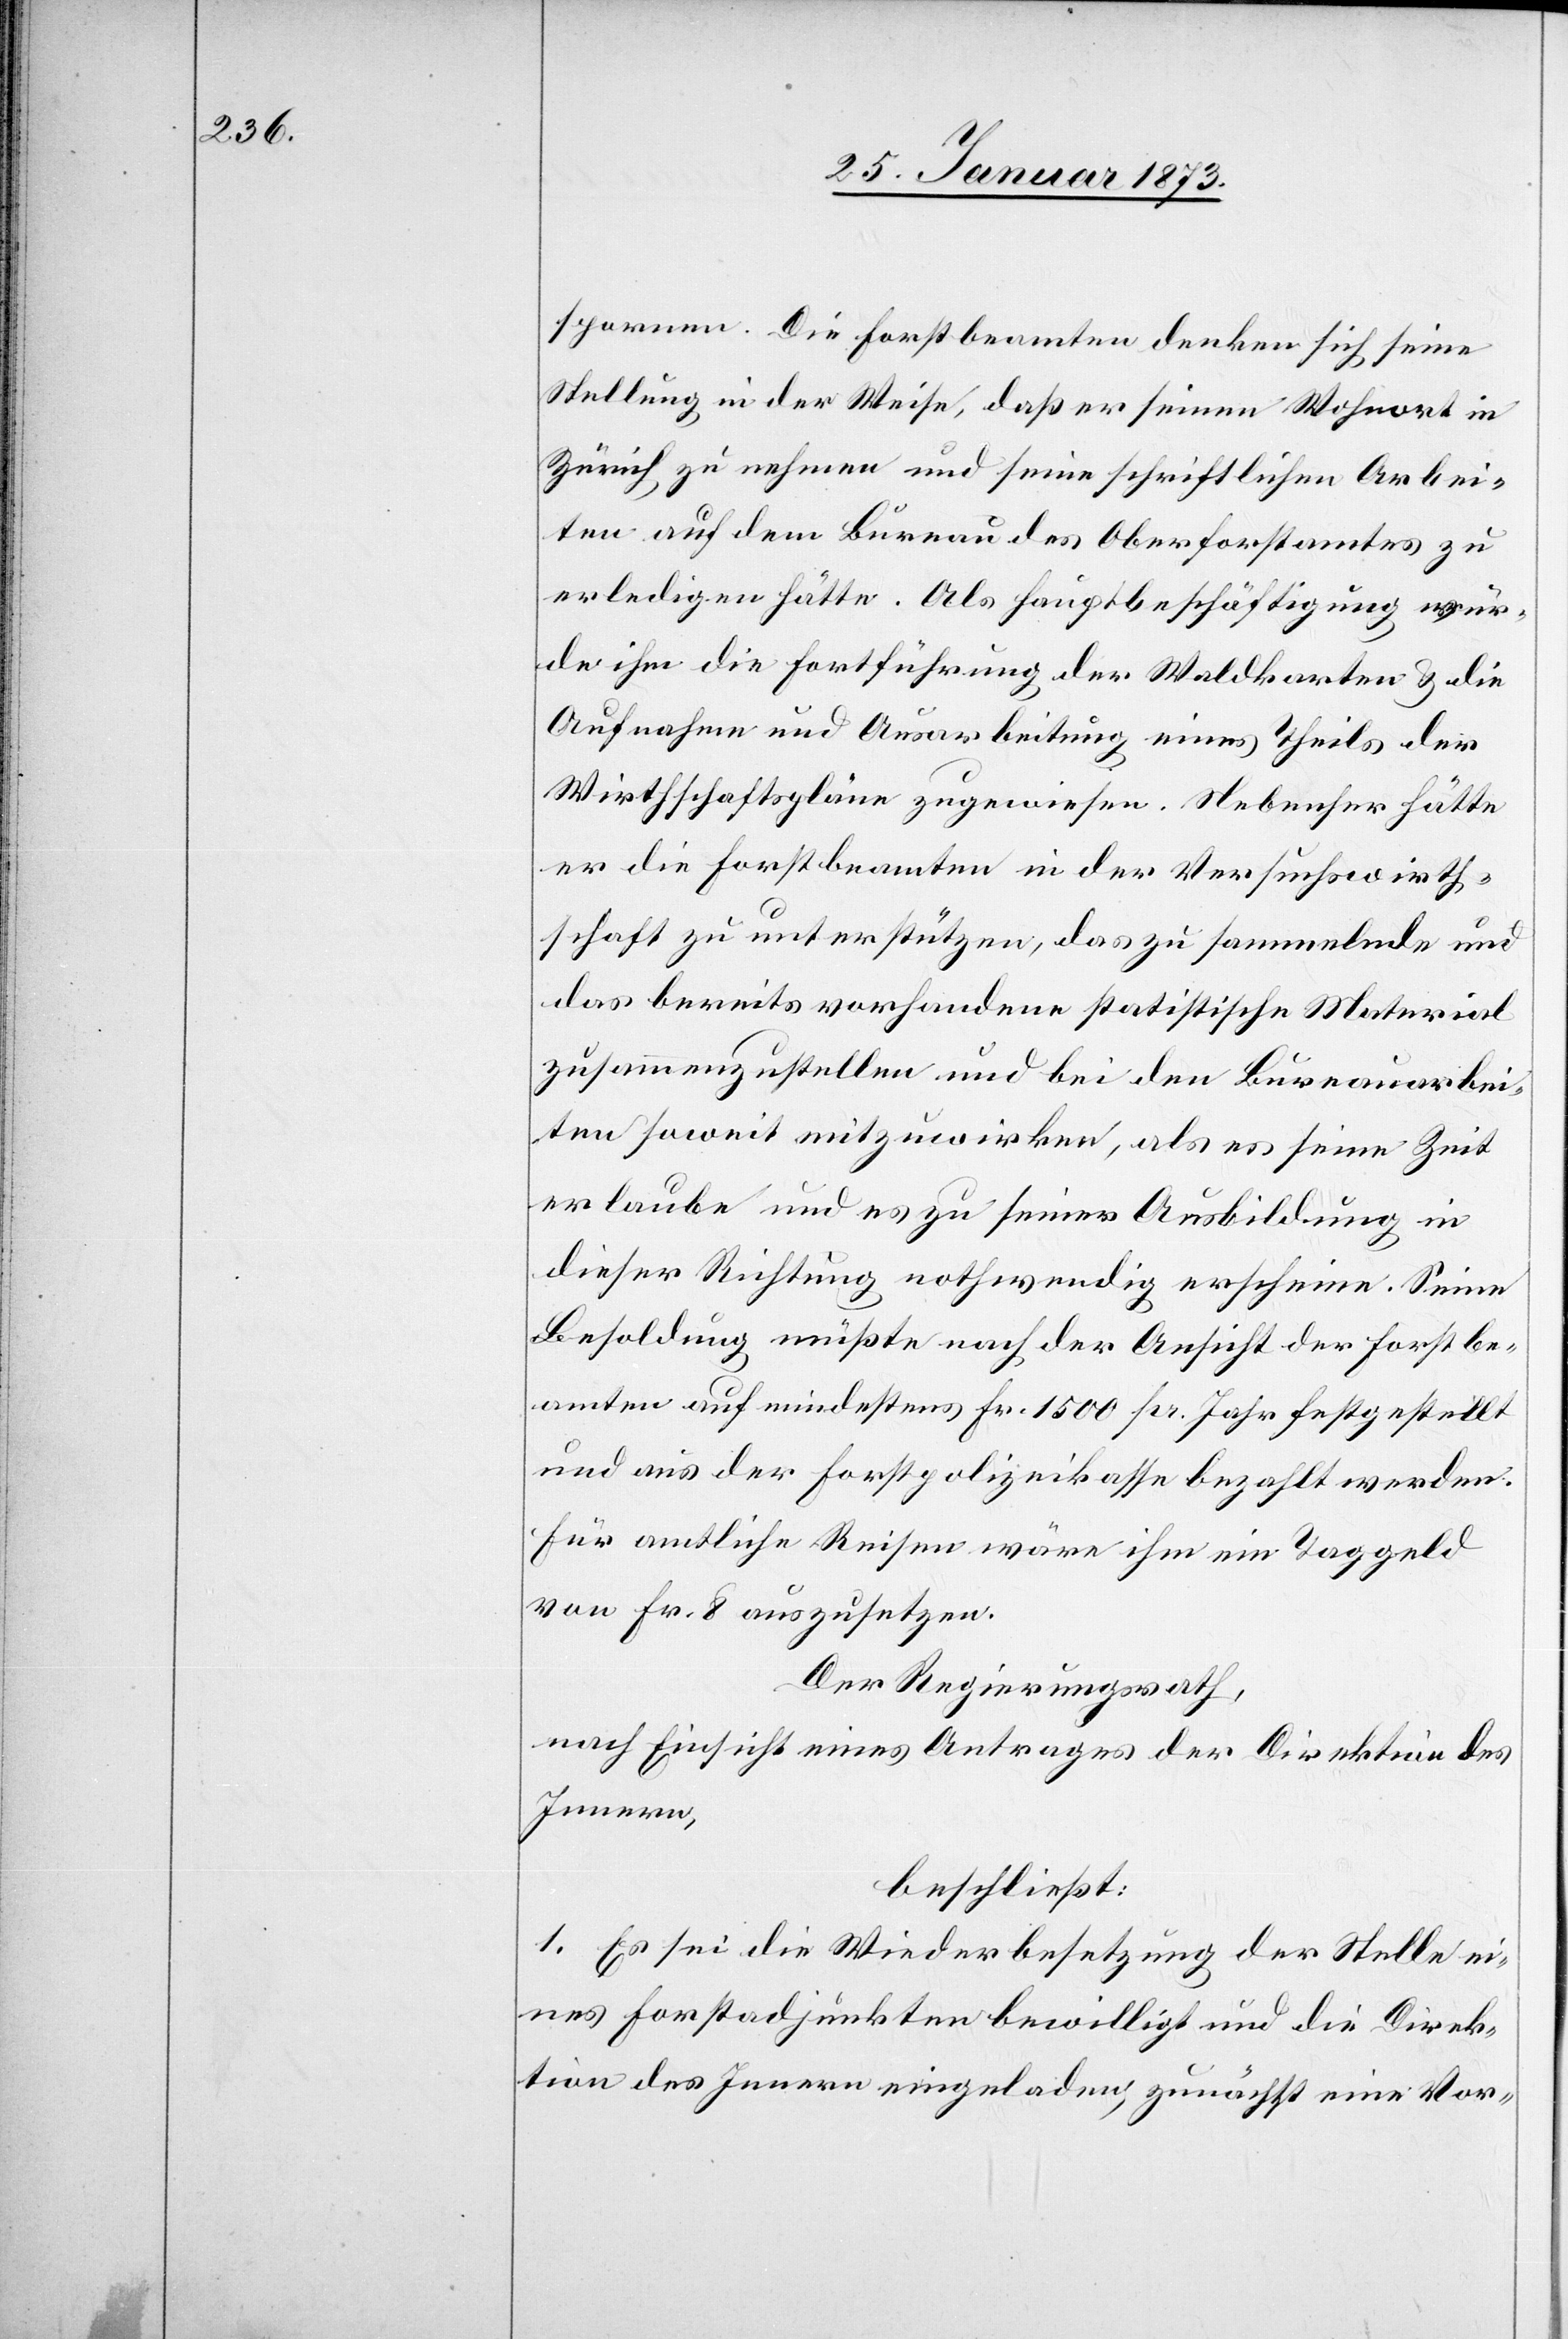
spornen. Die Forstbeamten denken sich seine
Stellung in der Weise, daß er seinen Wohnort in
Zürich zu nehmen und seine schriftlichen Arbei¬
ten auf dem Bureau des Oberforstamtes zu
erledigen hätte. Als Hauptbeschäftigung wür¬
de ihm die Fortführung der Waldkarten u. die
Aufnahme und Ausarbeitung eines Theils der
Wirthschaftspläne zugewiesen. Nebenher hätte
er die Forstbeamten in der Versuchswirth¬
schaft zu unterstützen, das zu sammelnde und
das bereits vorhandene statistische Material
zusammenzustellen und bei den Bureauarbei¬
ten soweit mitzuwirken, als es seine Zeit
erlaube und es zu seiner Ausbildung in
dieser Richtung nothwendig erscheine. Seine
Besoldung müßte nach der Ansicht der Forstbe¬
amten auf mindestens Fr. 1500 pro Jahr festgestellt
und aus der Forstpolizeikasse bezahlt werden.
Für amtliche Reisen wäre ihm ein Taggeld
von Fr. 8 auszusetzen.
Der Regierungsrath,
nach Einsicht eines Antrages der Direktion des
Innern,
beschließt:
1. Es sei die Wiederbesetzung der Stelle ei¬
nes Forstadjunkten bewilligt und die Direk¬
tion des Innern eingeladen, zunächst eine Vor-